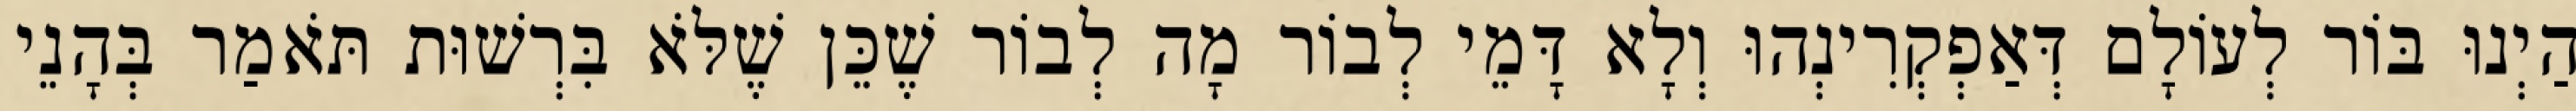
הַיְנוּ בּוֹר לְעוֹלָם דְּאַפְקְרִינְהוּ וְלָא דָּמֵי לְבוֹר מָה לְבוֹר שֶׁכֵּן שֶׁלֹּא בִּרְשׁוּת תֹּאמַר בְּהָנֵי